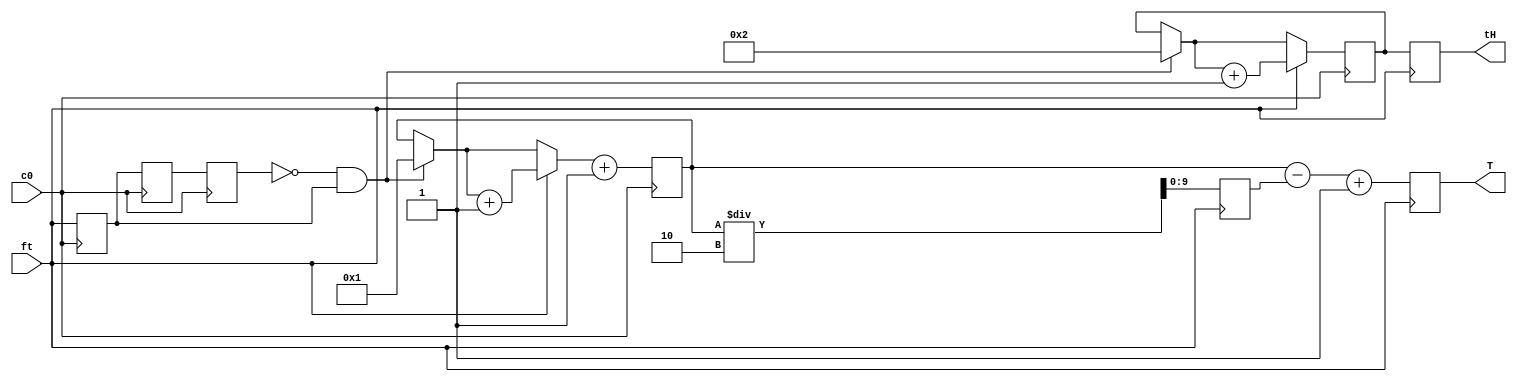
//10ns
module main(c0,ft,tH,T);		//main
//c0 PLL100MHz; ft ; tH ; T 
input c0,ft;
output reg [9:0]tH;	//
reg [9:0]t_H;			//		
output reg [9:0]T;	//T20500
reg [9:0]cnt;			//cnt20500
reg [9:0]T_1_2;
reg a,b,c,d;
reg if1,if2,if3,if4;
//100KHz		0.00001s			1000c0	10000ns
//2MHz		0.0000005s		40c0		400ns
//50MHz		0.00000002s		2c0		20ns
//100MHz		0.00000001s		1c0		10ns
//0
always@(posedge c0)
begin
	a=b;
	b=c;
	c=d;
	d=ft;		//a,bcft
	if(~a & d)	//ft
	begin
		if1=1;
	end
	if(~a & c)
	begin
		if2=1;
		cnt=1;
		t_H=2;
	end
	if(ft)
	begin
		if3=1;
		t_H=t_H+1;
		cnt=cnt+1'd1;
	end
	else
	if(~ft & cnt>0)
		if4=1;
		cnt=cnt+1'd1;
end

always@(posedge ft)
begin
	tH<=t_H;
	T<=cnt-T_1_2+1;
end
always@(negedge ft)
	T_1_2=cnt/2;
endmodule